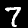
Label: 7